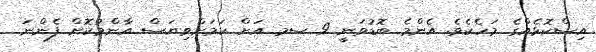
އިސްކޮޅެއްގެ މަހެކެވެ. އެންމެ ބޮޑުވަނީ 9 ސމ އަށް ކަމަށްވިޔަސް އާންމުކޮށް ފެންނަ